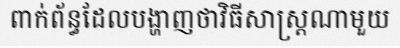
ពាក់ព័ន្ធដែលបង្ហាញថាវិធីសាស្ត្រណាមួយ